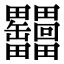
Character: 𦉩